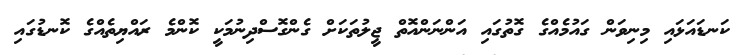
ކަނޑައަޅައި މިނިވަން ގައުމެއްގެ ގޮތުގައި އަންނަންއޮތް ޖީލުތަކަށް ގެންގޮސްދިނުމަކީ ކޮންމެ ރައްޔިތެއްގެ ކޮނޑުގައި